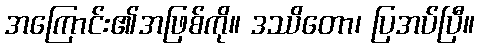
အကြောင်း၏အဖြစ်ကို။ ဒဿိတော၊ ပြအပ်ပြီ။